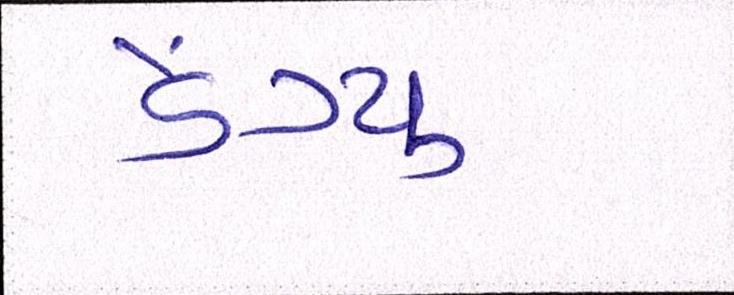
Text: ડેંગ્યુ